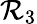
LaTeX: \mathcal{R}_{3}